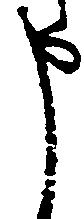
申